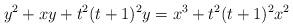
LaTeX: \begin{align*}y^2 + xy + t^2(t+1)^2y = x^3 + t^2(t+1)^2x^2\end{align*}